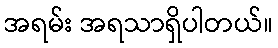
အရမ်း အရသာရှိပါတယ်။